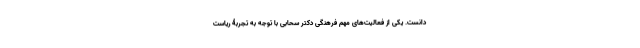
دانست. یکی از فعالیت‌های مهم فرهنگی دکتر سحابی با توجه به تجربۀ ریاست